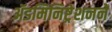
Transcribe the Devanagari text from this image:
ॲडमिनिष्ट्रेशनने